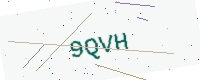
Text: 9QVH